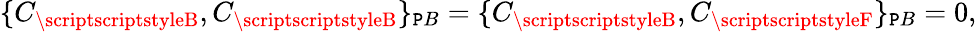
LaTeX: \{ C_{\scriptscriptstyleB},C_{\scriptscriptstyleB}\} _{\mathtt{P}B}=\{ C_{\scriptscriptstyleB},C_{\scriptscriptstyleF}\} _{\mathtt{P}B}=0,